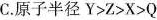
C.原子半径Y>Z>X>Q